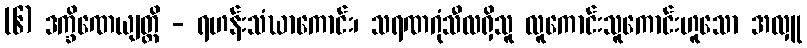
(၆) ဒက္ခိဏေယျတ္တိ - ရဟန်းသံဃာကောင်း၊ သရဏဂုံသီလရှိသူ လူကောင်းသူကောင်းဟူသော အလှူ